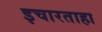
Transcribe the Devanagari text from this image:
इचारताहा